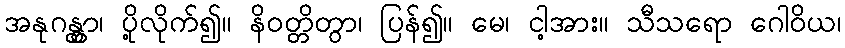
အနုဂန္တွာ၊ ပို့လိုက်၍။ နိဝတ္တိတွာ၊ ပြန်၍။ မေ၊ ငါ့အား။ သီသရော ဂေါဝိယ၊